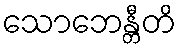
သောဘေန္တီတိ